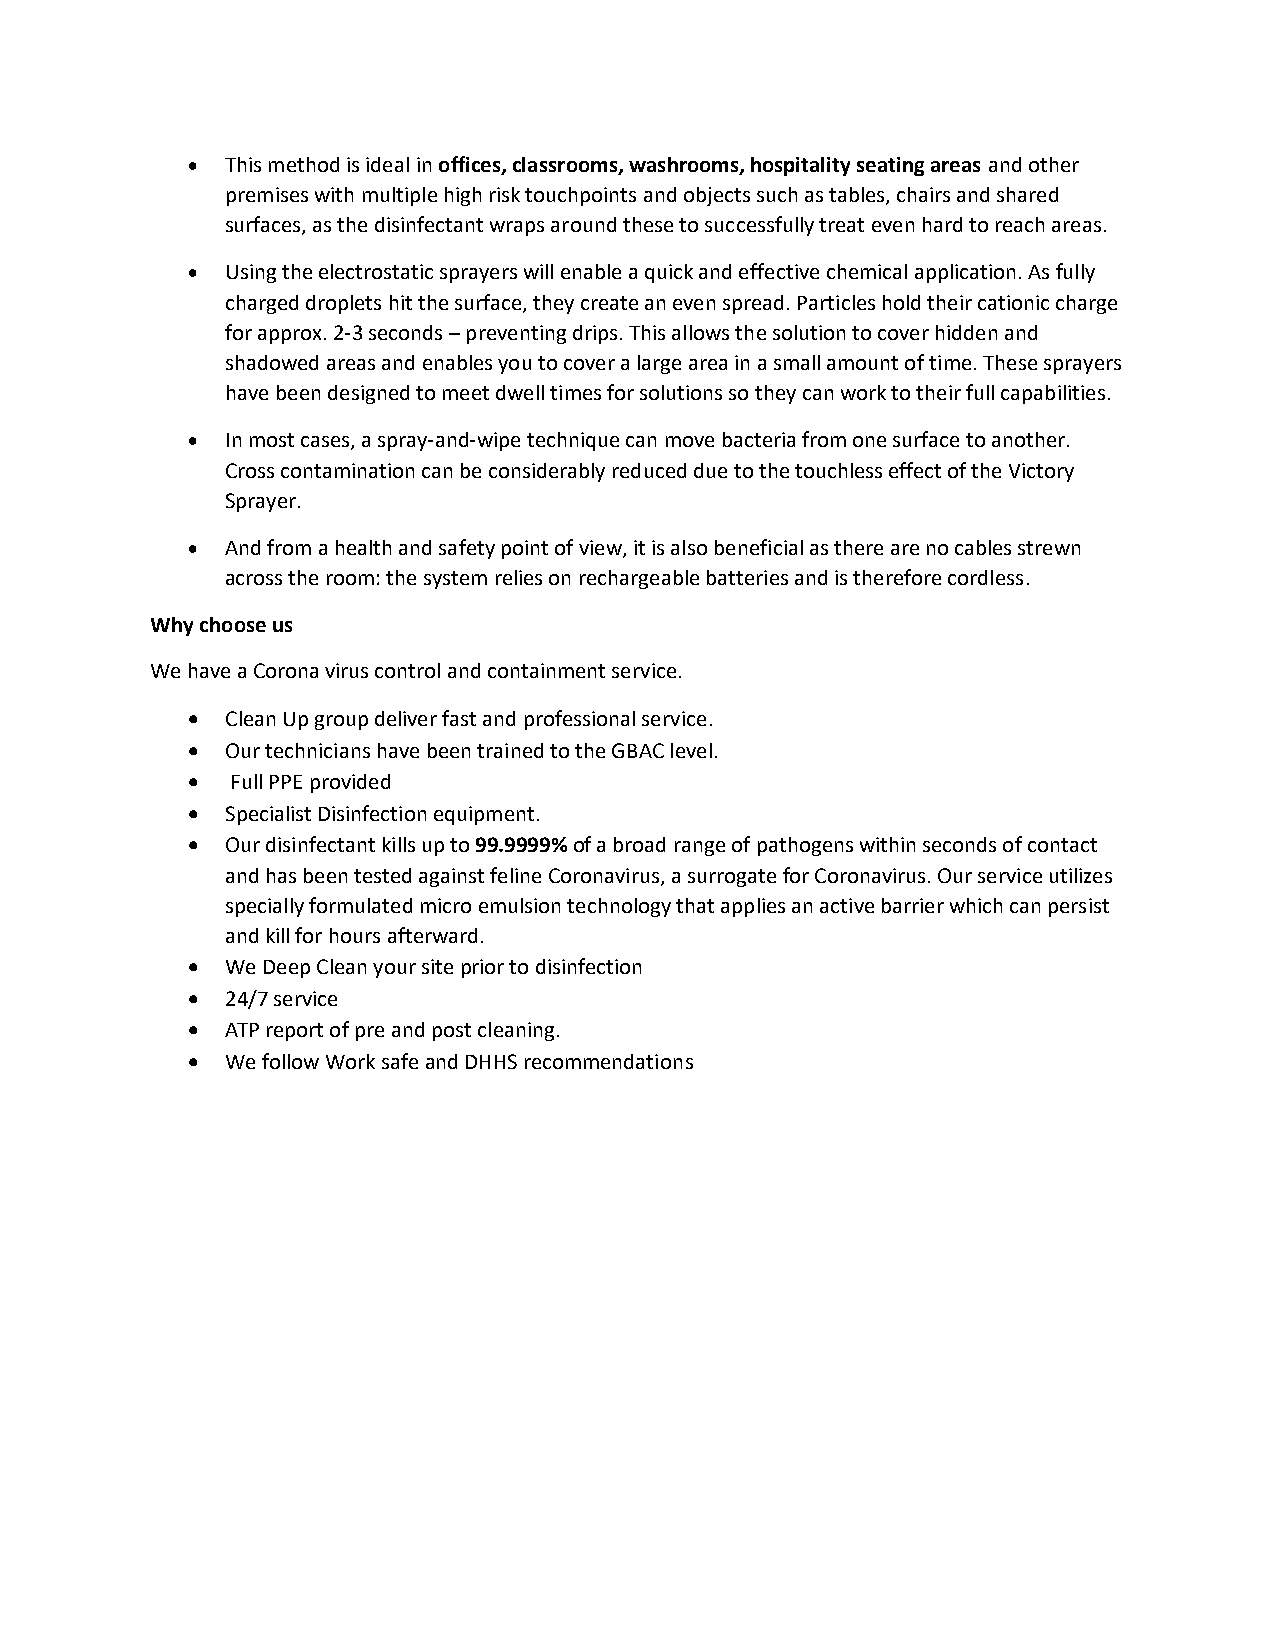
•  This method is ideal in offices, classrooms, washrooms, hospitality seating areas and other
 premises with multiple high risk touchpoints and objects such as tables, chairs and shared
 surfaces, as the disinfectant wraps around these to successfully treat even hard to reach areas.
 •  Using the electrostatic sprayers will enable a quick and effective chemical application. As fully
 charged droplets hit the surface, they create an even spread. Particles hold their cationic charge
 for approx. 2-3 seconds – preventing drips. This allows the solution to cover hidden and
 shadowed areas and enables you to cover a large area in a small amount of time. These sprayers
 have been designed to meet dwell times for solutions so they can work to their full capabilities.
 •  In most cases, a spray-and-wipe technique can move bacteria from one surface to another.
 Cross contamination can be considerably reduced due to the touchless effect of the Victory
 Sprayer.
 •  And from a health and safety point of view, it is also beneficial as there are no cables strewn
 across the room: the system relies on rechargeable batteries and is therefore cordless.
 Why choose us
 We have a Corona virus control and containment service.
 •  Clean Up group deliver fast and professional service.
 •  Our technicians have been trained to the GBAC level.
 •  Full PPE provided
 •  Specialist Disinfection equipment.
 •  Our disinfectant kills up to 99.9999% of a broad range of pathogens within seconds of contact
 and has been tested against feline Coronavirus, a surrogate for Coronavirus. Our service utilizes
 specially formulated micro emulsion technology that applies an active barrier which can persist
 and kill for hours afterward.
 •  We Deep Clean your site prior to disinfection
 •  24/7 service
 •  ATP report of pre and post cleaning.
 •  We follow Work safe and DHHS recommendations